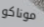
موناكو